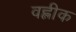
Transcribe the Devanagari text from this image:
वह्लीक